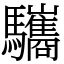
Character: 驨